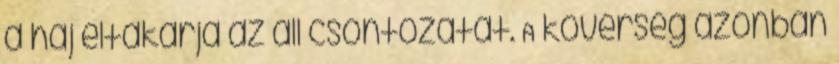
a háj eltakarja az áll csontozatát. A kövérség azonban